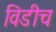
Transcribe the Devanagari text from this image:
विडीच